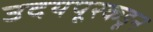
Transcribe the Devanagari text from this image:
उदयपूरकडून